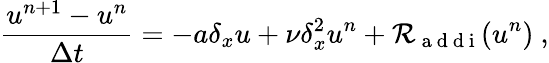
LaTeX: \frac{u^{n+1}-u^{n}}{\Delta t}=-a\delta_{x}u+\nu\delta_{x}^{2}u^{n}+\mathcal{R}_{\mathrm{~a~d~d~i~}}(u^{n})\ ,